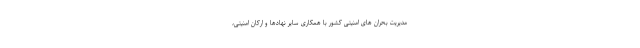
مدیریت بحران های امنیتی کشور با همکاری سایر نهادها و ارکان امنیتی،